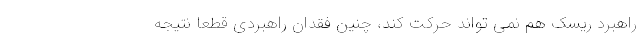
راهبرد ریسک هم نمی تواند حرکت کند، چنین فقدان راهبردی قطعاً نتیجه